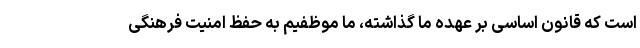
است که قانون اساسی بر عهده ما گذاشته، ما موظفیم به حفظ امنیت فرهنگی